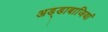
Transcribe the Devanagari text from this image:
अड्डाबाजियां